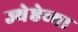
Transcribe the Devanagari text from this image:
ज्येष्ठेच्या